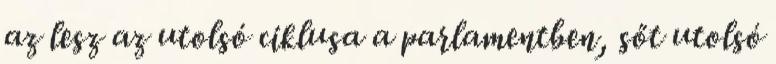
az lesz az utolsó ciklusa a parlamentben, sőt utolsó